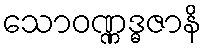
သောဝဏ္ဏဒ္ဓဇာနိ